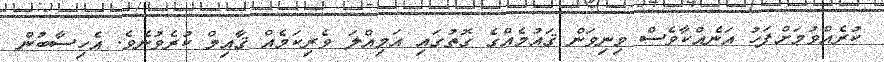
ކުރެއްވުމަށްފަހު އަނެއްކާވެސް މިނިވަން ޤައުމެއްގެ ގޮތުގައި އަމިއްލަ ވެރިކަމެއް ޤާއިމް ކުރެވުނެވެ. އެހިސާބުން